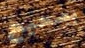
بصحيح